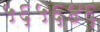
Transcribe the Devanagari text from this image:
५६५६४६